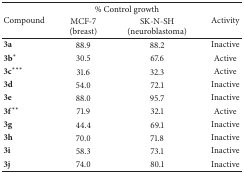
<table><thead><tr><td rowspan="2"><b>Compound</b></td><td colspan="2"><b>% Control growth</b></td><td rowspan="2"><b>Activity</b></td></tr><tr><td><b>MCF-7 (breast)</b></td><td><b>SK-N-SH (neuroblastoma)</b></td></tr></thead><tbody><tr><td><b>3a</b></td><td>88.9</td><td>88.2</td><td>Inactive</td></tr><tr><td>3<b>b</b>*</td><td>30.5</td><td>67.6</td><td>Active</td></tr><tr><td>3<b>c</b>***</td><td>31.6</td><td>32.3</td><td>Active</td></tr><tr><td><b>3d</b></td><td>54.0</td><td>72.1</td><td>Inactive</td></tr><tr><td><b>3e</b></td><td>88.0</td><td>95.7</td><td>Inactive</td></tr><tr><td>3<b>f</b>***</td><td>71.9</td><td>32.1</td><td>Active</td></tr><tr><td><b>3g</b></td><td>44.4</td><td>69.1</td><td>Inactive</td></tr><tr><td><b>3h</b></td><td>70.0</td><td>71.8</td><td>Inactive</td></tr><tr><td><b>3i</b></td><td>58.3</td><td>73.1</td><td>Inactive</td></tr><tr><td><b>3j</b></td><td>74.0</td><td>80.1</td><td>Inactive</td></tr></tbody></table>